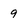
Character: 9